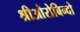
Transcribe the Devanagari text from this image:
श्रीऔरोबिन्दो